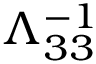
\Lambda _ { 3 3 } ^ { - 1 }